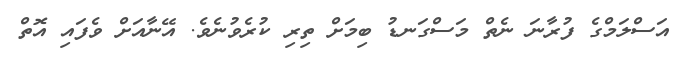
އަސްލަމްގެ ފުރާނަ ނެތް މަސްގަނޑު ބިމަށް ތިރި ކުރެވުނެވެ. އޭނާއަށް ވެފައި އޮތް